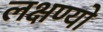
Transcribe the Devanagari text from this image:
लक्षण्यो